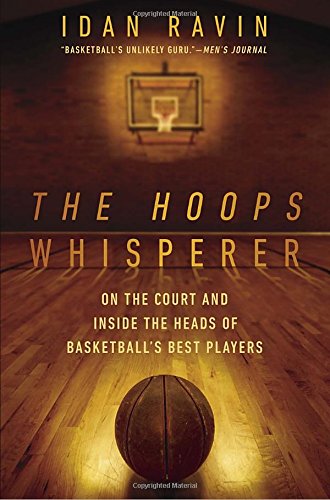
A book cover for The Hoops Whisperer: On the Court and Inside the Heads of Basketball's Best Players; Idan Ravin; Biographies & Memoirs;